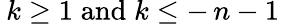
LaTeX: \: k\geq 1\; \mathrm{and}\; k\leq-\, n-1\: